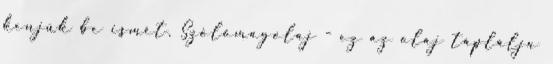
kenjük be ismét. Szőlőmagolaj - ez az olaj táplálja